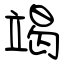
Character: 竭